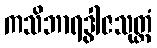
ကသိဘာရဒွါဇသုတ္တံ